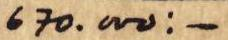
670.000:-